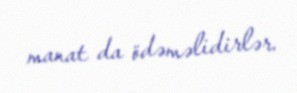
manat da ödəməlidirlər.